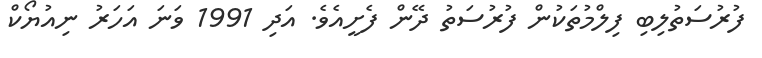
ފުރުސަތުލިބި ފިލްމުތަކުން ފުރުސަތު ދޭން ފެށީއެވެ. އަދި 1991 ވަނަ އަހަރު ނިއުޔޯކް